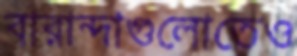
বারান্দাগুলোতেও